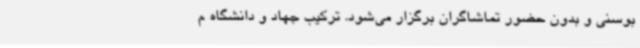
بوسنی و بدون حضور تماشاگران برگزار می‌شود. ترکیب جهاد و دانشگاه م